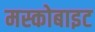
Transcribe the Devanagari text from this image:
मस्कोबाइट